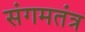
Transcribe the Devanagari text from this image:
संगमतंत्र